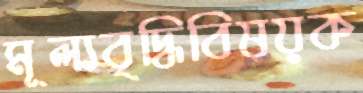
মূল্যবৃদ্ধিবিষয়ক